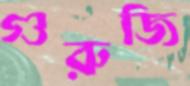
গুরুজি